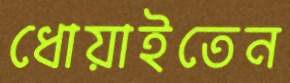
ধোয়াইতেন